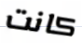
كانت